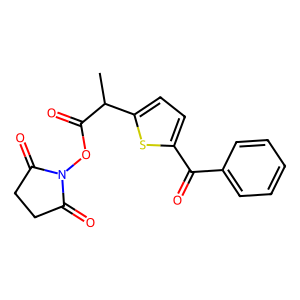
SMILES: CC(C(=O)ON1C(=O)CCC1=O)c1ccc(C(=O)c2ccccc2)s1
Inhibits HIV replication: No